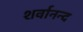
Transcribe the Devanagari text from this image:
शर्वानन्द